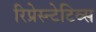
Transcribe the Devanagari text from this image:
रिप्रेस्न्टेटिव्स